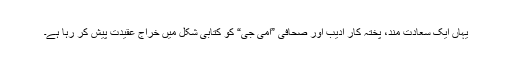
یہاں ایک سعادت مند، پختہ کار ادیب اور صحافی ”امی جی“ کو کتابی شکل میں خراج عقیدت پیش کر رہا ہے۔